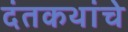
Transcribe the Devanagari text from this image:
दंतकथांचे